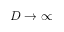
D \rightarrow \infty